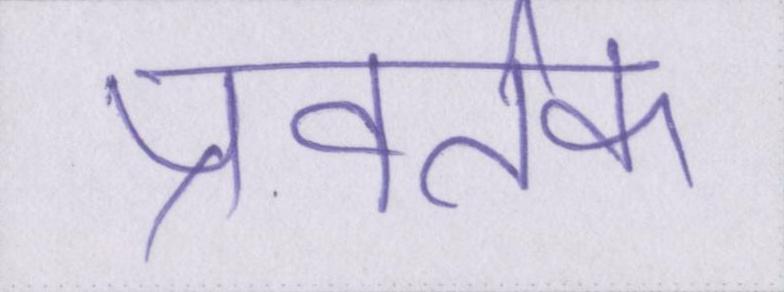
प्रवर्तक